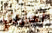
احزري